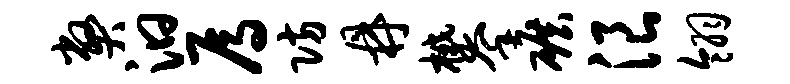
弊汩焉防鼎攀碾浪翎